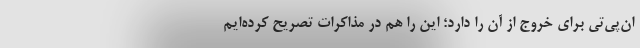
ان‌پی‌تی برای خروج از آن را دارد؛ این را هم در مذاکرات تصریح کرده‌ایم